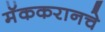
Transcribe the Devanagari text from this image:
मॅककरानचे